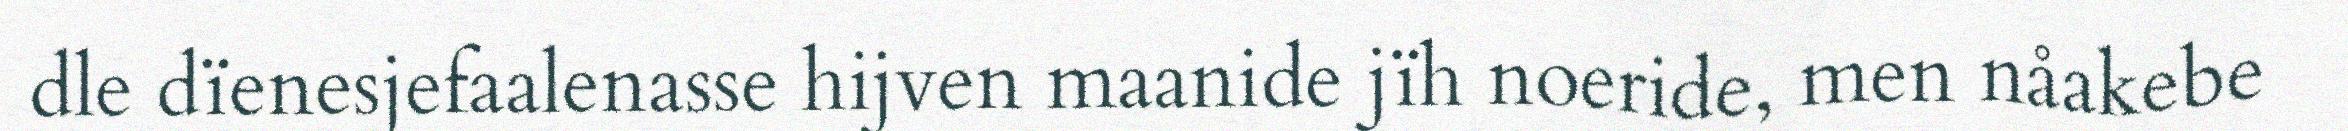
dle dïenesjefaalenasse hijven maanide jïh noeride, men nåakebe